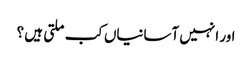
اور انہیں آسانیاں کب ملتی ہیں ؟